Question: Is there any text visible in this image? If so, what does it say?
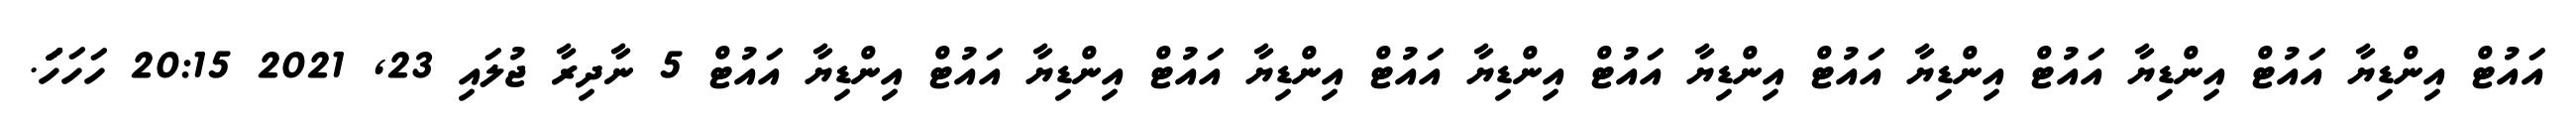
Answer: އައުޓް އިންޑިޔާ އައުޓް އިންޑިޔާ އައުޓް އިންޑިޔާ އައުޓް އިންޑިޔާ އައުޓް އިންޑިޔާ އައުޓް އިންޑިޔާ އައުޓް އިންޑިޔާ އައުޓް އިންޑިޔާ އައުޓް 5 ނާދިރާ ޖުލައި 23, 2021 20:15 ހަހަހަަަަަަަަަ.